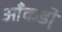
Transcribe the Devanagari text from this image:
आँकडो़